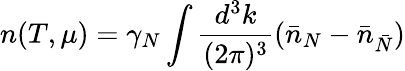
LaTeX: n(T,\mu)=\gamma_{N}\int\frac{d^{3}k}{(2\pi)^{3}}(\bar{n}_{N}-\bar{n}_{\bar{N}})